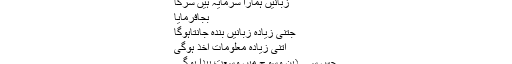
زبانیں ہمارا سرمایہ ہیں سرکا
بجافرمایا
جتنی زیادہ زبانیں بندہ جانتاہوگا
اتنی زیادہ معلومات اخذ ہوگی
جس سے ذہن وسوچ میں وسعت پیدا ہوگی۔